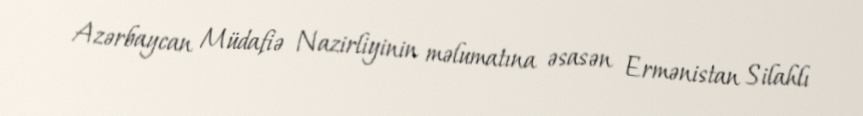
Azərbaycan Müdafiə Nazirliyinin məlumatına əsasən Ermənistan Silahlı